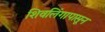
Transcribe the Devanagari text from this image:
शिवलिंगापासून